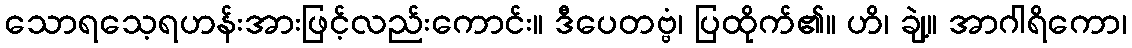
သောရသေ့ရဟန်းအားဖြင့်လည်းကောင်း။ ဒီပေတဗ္ဗံ၊ ပြထိုက်၏။ ဟိ၊ ချဲ့။ အာဂါရိကော၊